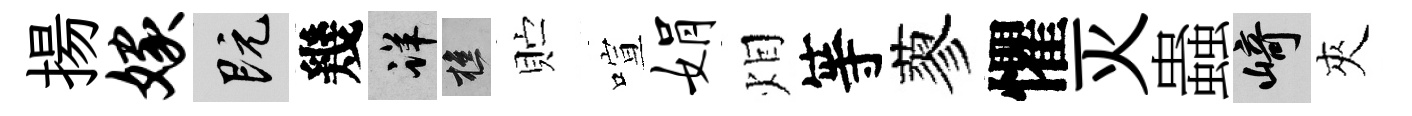
揚嫁既幾详樵贮喧娟𤇆等蓼懼灭蟲崎夾